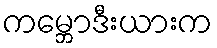
ကမ္ဘောဒီးယားက